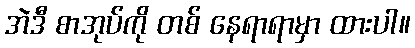
အဲဒီ စာအုပ်ကို တစ် နေရာရာမှာ ထားပါ။